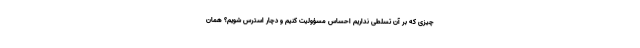
چیزی که بر آن تسلطی نداریم احساس مسؤولیت کنیم و دچار استرس شویم؟ همان